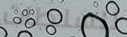
للسلطات